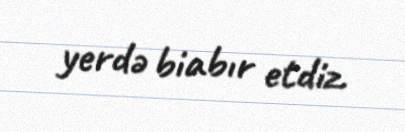
yerdə biabır etdiz.